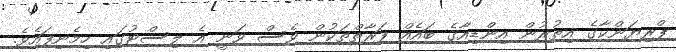
ޕްރިޔަންކާގެ އިތުރުން އިންޑިއާގެ ބައެއް ފަރާތްތަކުން ވެސް ވަނީ އެ ލިސްޓުގައި ހިމެނިފައެވެ.